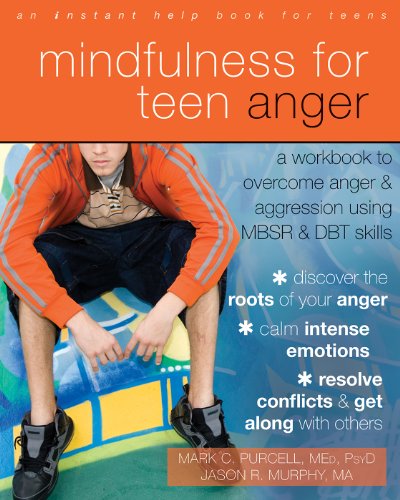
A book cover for Mindfulness for Teen Anger: A Workbook to Overcome Anger and Aggression Using MBSR and DBT Skills; Mark C. Purcell MEd  PsyD; Teen & Young Adult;